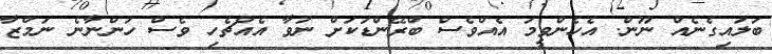
ބަލައިގެނެއް ނޫން. އެހެންވީމަ އެއްވެސް ބްރޭންޑަކަށް ނުވާ އެއްޗެހި ވެސް ހުންނާނެ ނަމްޒާ